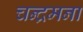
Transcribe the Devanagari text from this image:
चन्द्रमना